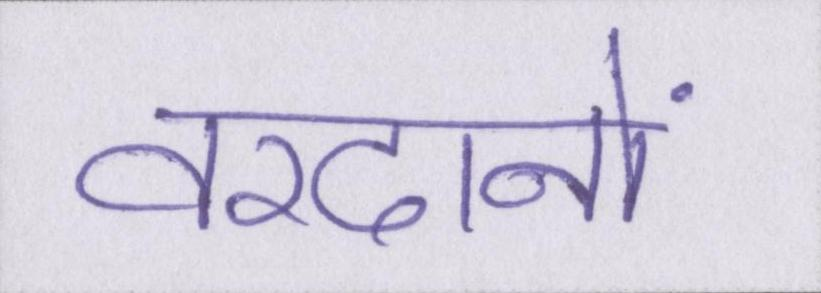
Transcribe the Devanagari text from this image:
वरदानों